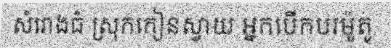
សំរោងធំ ស្រុកកៀនស្វាយ អ្នកបើកបរម៉ូតូ